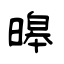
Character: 暤